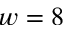
w = 8